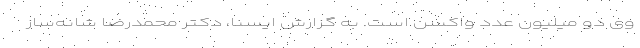
وی دو میلیون عدد واکسن است. به گزارش ایسنا، دکتر محمدرضا شانه‌ساز